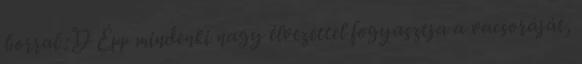
borral :D Épp mindenki nagy élvezettel fogyasztja a vacsoráját,